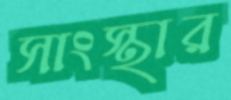
সাংস্থার